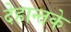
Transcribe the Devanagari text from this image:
देहान्तके